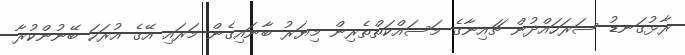
ރާޅުގަނޑު ސަރަހައްދުން ޗައިނާގެ މަސައްކަތްތެރިން މިޔަރު ބާނައިގެން މަރައި އޭގެ އުރަހަ ބޭނުންކުރާ